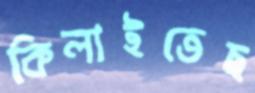
কিলাইতেছ